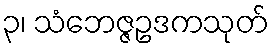
၃၊ သံဘေဇ္ဇဥဒကသုတ်